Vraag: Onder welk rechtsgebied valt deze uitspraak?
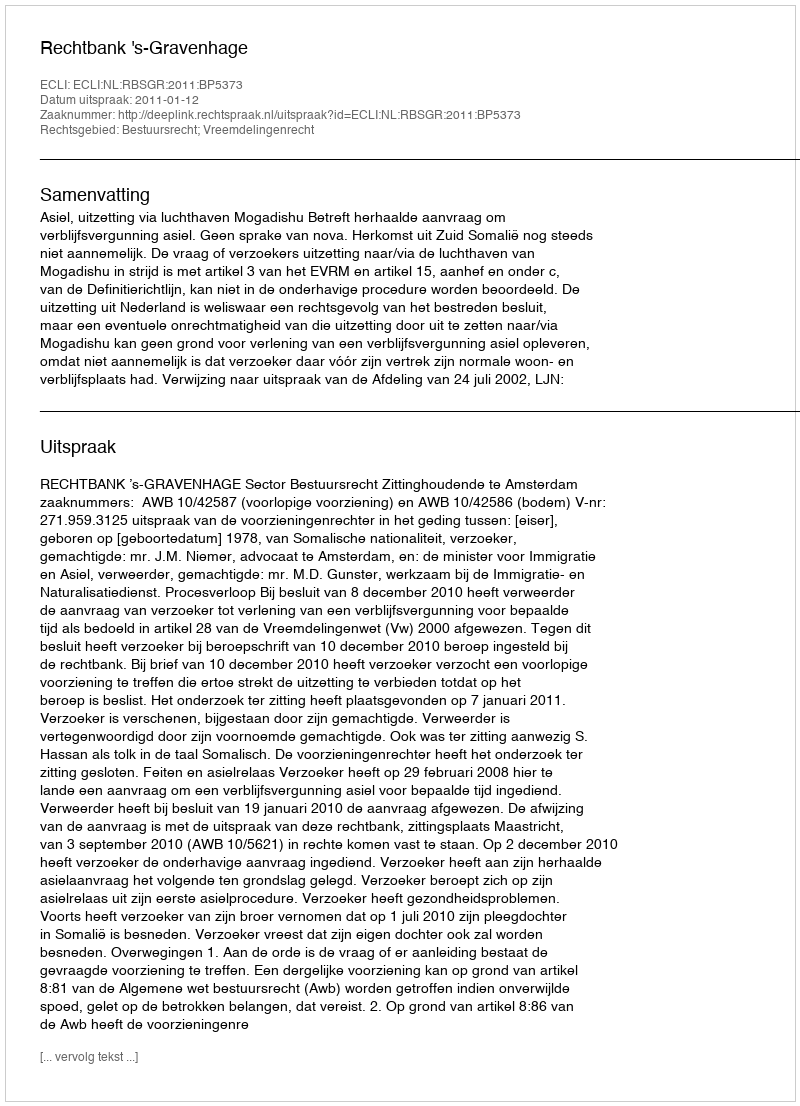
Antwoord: Bestuursrecht; Vreemdelingenrecht